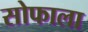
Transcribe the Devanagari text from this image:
सोफाला